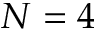
N = 4